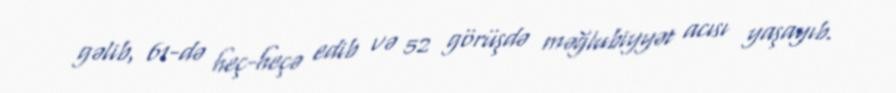
gəlib, 61-də heç-heçə edib və 52 görüşdə məğlubiyyət acısı yaşayıb.